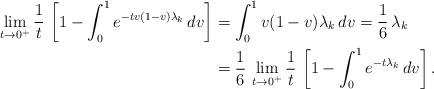
LaTeX: \begin{align*}\lim_{t\to 0^+ } \frac 1t \, \left[ 1- \int_0^1 e^{-tv(1-v) \lambda_k} \,dv \right] & = \int_0^1 v(1-v) \lambda_k \,dv = \frac 16 \, \lambda_k \\& = \frac 16 \, \lim_{t\to 0^+ } \frac 1t \, \left[ 1- \int_0^1 e^{-t\lambda_k} \,dv \right].\end{align*}